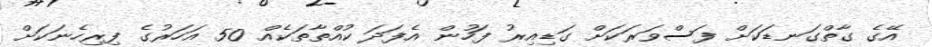
އޭގެ ގާތްގަނޑަކަށް ފަސްވަރަކަށް ގަޑިއިރު ފަހުން އެފަދަ ކުއްތާތަކެއް 50 އަހަރުގެ ފިރިހެނަކަށް